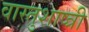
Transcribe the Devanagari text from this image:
वास्तुशाष्त्री